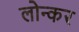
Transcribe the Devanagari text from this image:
लोन्कर